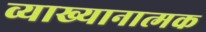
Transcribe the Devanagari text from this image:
व्याख्यानात्मक